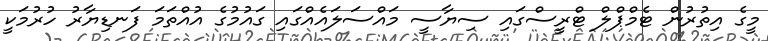
މީގެ އިތުރުން ޓެމްޕްލް ޓްރީސްގައި ސިޔާސީ މައްސަލައެއްގައި ގައުމުގެ އުއްތަމަ ފަނޑިޔާރު ހުރުމަކީ